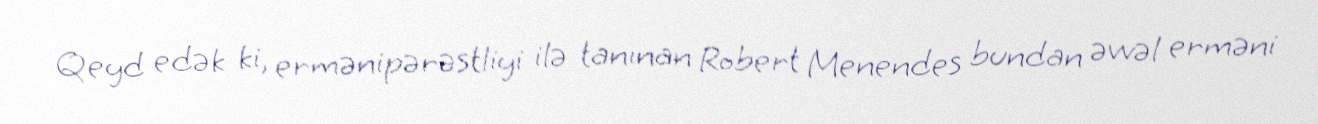
Qeyd edək ki, ermənipərəstliyi ilə tanınan Robert Menendes bundan əvvəl erməni